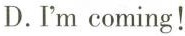
D.I'm coming!